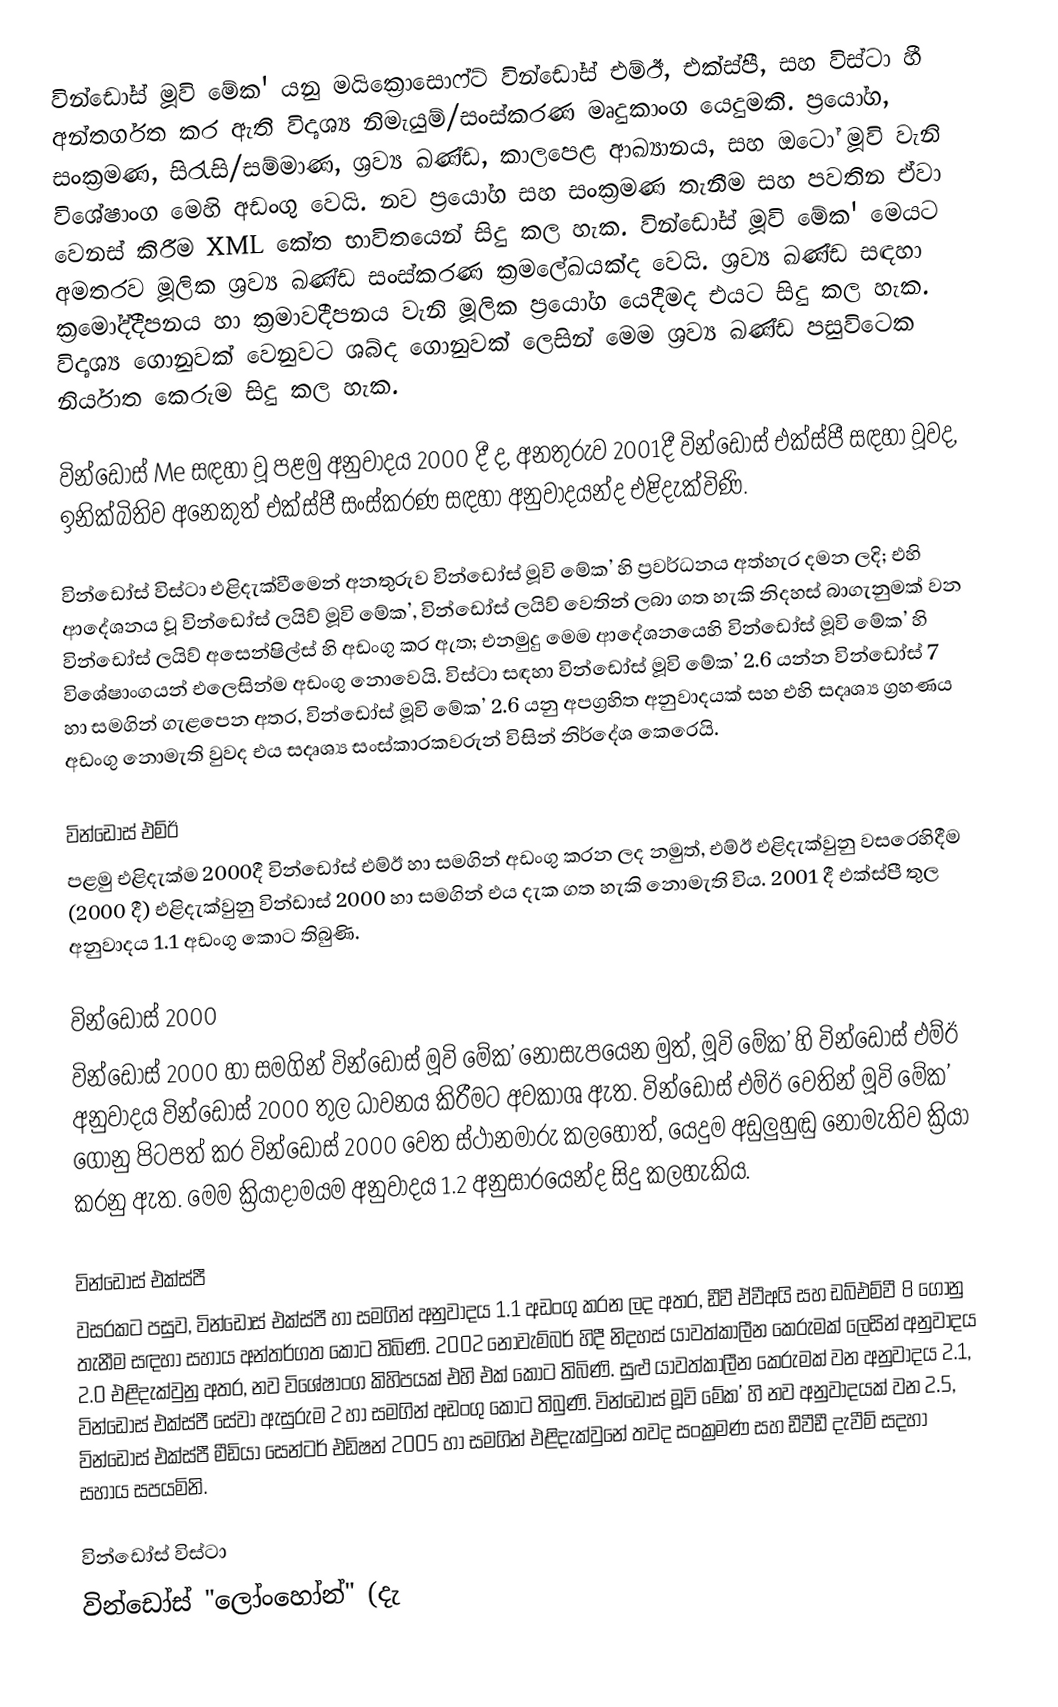
වින්ඩෝස් මූවි මේක' යනු මයික්‍රොසොෆ්ට් වින්ඩෝස් එම්ඊ, එක්ස්පී, සහ විස්ටා හී අන්තර්ගත කර ඇති විදෘශ්‍ය නිමැයුම්/සංස්කරණ මෘදුකාංග යෙදුමකි. ප්‍රයෝග, සංක්‍රමණ, සිරැසි/සම්මාණ, ශ්‍රව්‍ය ඛණ්ඩ, කාලපෙළ ආඛ්‍යානය, සහ ඔටෝ මූවි වැනි විශේෂාංග මෙහි අඩංගු වෙයි.  නව ප්‍රයෝග සහ සංක්‍රමණ තැනීම සහ පවතින ඒවා වෙනස් කිරීම XML කේත භාවිතයෙන් සිදු කල හැක. වින්ඩෝස් මූවි මේක'  මෙයට අමතරව මූලික ශ්‍රව්‍ය ඛණ්ඩ සංස්කරණ ක්‍රමලේඛයක්ද වෙයි. ශ්‍රව්‍ය ඛණ්ඩ සඳහා ක්‍රමෝද්දීපනය හා ක්‍රමාවදීපනය වැනි මූලික ප්‍රයෝග යෙදීමද එයට සිදු කල හැක. විදෘශ්‍ය ගොනුවක් වෙනුවට ශබ්ද ගොනුවක් ලෙසින් මෙම ශ්‍රව්‍ය ඛණ්ඩ පසුවිටෙක නිර්යාත කෙරුම සිදු කල හැක.

වින්ඩෝස් Me සඳහා වූ පළමු අනුවාදය 2000 දී ද, අනතුරුව 2001දී වින්ඩෝස් එක්ස්පී සඳහා වූවද, ඉනික්බිතිව අනෙකුත් එක්ස්පී සංස්කරණ සඳහා අනුවාදයන්ද එළිදැක්විණි.

වින්ඩෝස් විස්ටා එළිදැක්වීමෙන් අනතුරුව වින්ඩෝස් මූවි මේක’ හි ප්‍රවර්ධනය අත්හැර දමන ලදි; එහි ආදේශනය වූ වින්ඩෝස් ලයිව් මූවි මේක’, වින්ඩෝස් ලයිව් වෙතින් ලබා ගත හැකි නිදහස් බාගැනුමක් වන වින්ඩෝස් ලයිව් අසෙන්ෂිල්ස් හි අඩංගු කර ඇත; එනමුදු මෙම ආදේශනයෙහි වින්ඩෝස් මූවි මේක’ හි විශේෂාංගයන් එලෙසින්ම අඩංගු නොවෙයි. විස්ටා සඳහා වින්ඩෝස් මූවි මේක’ 2.6 යන්න වින්ඩෝස් 7 හා සමගින් ගැළපෙන අතර, වින්ඩෝස් මූවි මේක’ 2.6 යනු අපග්‍රහිත අනුවාදයක් සහ එහි සදෘශ්‍ය ග්‍රහණය අඩංගු නොමැති වුවද  එය සදෘශ්‍ය සංස්කාරකවරුන් විසින් නිර්දේශ කෙරෙයි.

වින්ඩෝස් එම්ඊ
පළමු එළිදැක්ම 2000දී වින්ඩෝස් එම්ඊ හා සමගින් අඩංගු කරන ලද නමුත්, එම්ඊ එළිදැක්වුනු වසරෙහිදීම (2000 දී) එළිදැක්වුනු වින්ඩාස් 2000 හා සමගින් එය දැක ගත හැකි නොමැති විය. 2001 දී එක්ස්පී තුල අනුවාදය 1.1 අඩංගු කොට තිබුණි.

වින්ඩෝස් 2000
වින්ඩෝස් 2000 හා සමගින් වින්ඩෝස් මූවි මේක’ නොසැපයෙන මුත්,  මූවි මේක’ හි වින්ඩෝස් එම්ඊ අනුවාදය  වින්ඩෝස් 2000 තුල ධාවනය කිරීමට අවකාශ ඇත. වින්ඩෝස් එම්ඊ වෙතින් මූවි මේක’ ගොනු පිටපත් කර වින්ඩෝස් 2000 වෙත ස්ථානමාරු කලහොත්, යෙදුම අඩුලුහුඬු නොමැතිව ක්‍රියා කරනු ඇත. මෙම ක්‍රියාදාමයම  අනුවාදය 1.2 අනුසාරයෙන්ද සිදු කලහැකිය.

වින්ඩෝස් එක්ස්පී
වසරකට පසුව, වින්ඩෝස් එක්ස්පී හා සමගින් අනුවාදය 1.1 අඩංගු කරන ලද අතර, ඩීවී ඒවීඅයි සහ ඩබ්එම්වී 8 ගොනු තැනීම සඳහා සහාය අන්තර්ගත කොට තිබිණි. 2002 නොවැම්බර් හිදී නිදහස් යාවත්කාලීන කෙරුමක් ලෙසින් අනුවාදය 2.0 එළිදැක්වුනු අතර, නව විශේෂාංග කිහිපයක් එහි එක් කොට තිබිණි. සුළු යාවත්කාලීන කෙරුමක් වන අනුවාදය 2.1, වින්ඩෝස් එක්ස්පී සේවා ඇසුරුම 2 හා සමගින් අඩංගු කොට තිබුණි. වින්ඩෝස් මූවි මේක’ හි නව අනුවාදයක් වන 2.5, වින්ඩෝස් එක්ස්පී මීඩියා සෙන්ටර් එඩිෂන් 2005 හා සමගින් එළිදැක්වුනේ තවද සංක්‍රමණ සහ  ඩීවීඩී දැවීම් සදහා සහාය සපයමිනි.

වින්ඩෝස් විස්ටා
වින්ඩෝස්  "ලෝංහෝන්" (දැ